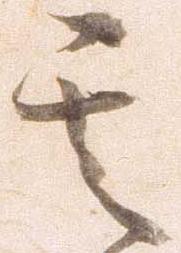
其